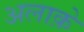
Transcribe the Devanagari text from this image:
अलाक़े